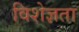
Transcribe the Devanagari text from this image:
विशेज्ञता